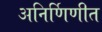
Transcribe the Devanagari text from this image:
अनिर्णिणीत